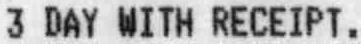
3 DAY WITH RECEIPT.